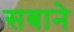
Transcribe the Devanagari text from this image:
सबाने